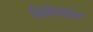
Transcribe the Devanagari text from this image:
सिडेनहॅम